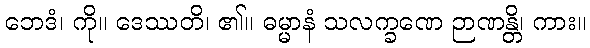
ဘေဒံ၊ ကို။ ဒေဿတိ၊ ၏။ ဓမ္မာနံ သလက္ခဏေ ဉာဏန္တိ၊ ကား။